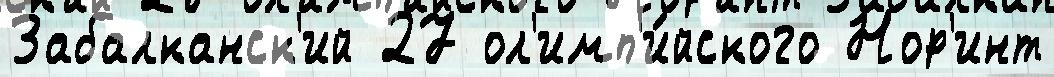
Забалканск'ий 27 ол'имп'и́йского Нор'инт